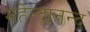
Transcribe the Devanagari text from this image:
महेन्द्रानन्द